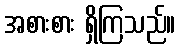
အစားစား ရှိကြသည်။